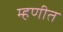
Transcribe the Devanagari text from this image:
म्हणीत